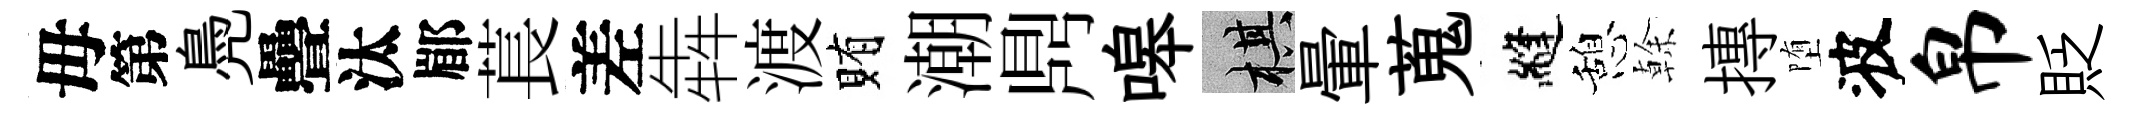
母第鳧疊汰郿萇差犇渡賄潮𪔂嗥棋暈蒐縫憩𠏉摶堕波帛貶